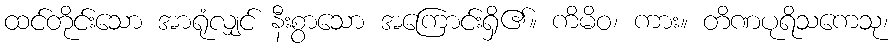
ထင်တိုင်းသော အာရုံလျှင် နီးစွာသော အကြောင်းရှိ၏။ ကိမိဝ၊ ကား။ တိဏပုရိသကေသု၊